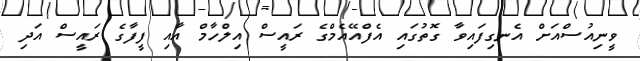
ވީނިއުސްއަށް އެނގިފައިވާ ގޮތުގައި އެފްއޭއެމްގެ ރައީސް އިލްހާމް އާއި ފީފާގެ ރައީސް އަދި